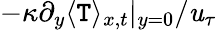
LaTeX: -\kappa\partial_{y}\langle\mathtt{T}\rangle_{x,t}|_{y=0}/\mathit{u}_{\tau}